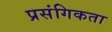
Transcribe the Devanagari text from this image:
प्रसंगिकता